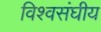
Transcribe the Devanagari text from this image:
विश्वसंघीय